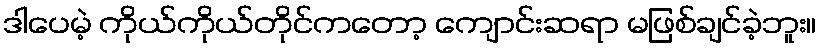
ဒါပေမဲ့ ကိုယ်ကိုယ်တိုင်ကတော့ ကျောင်းဆရာ မဖြစ်ချင်ခဲ့ဘူး။